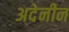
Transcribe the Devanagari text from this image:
अदेनीन